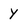
Character: Y